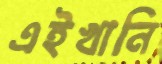
এইখানি